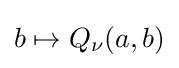
b\mapsto Q_{\nu }(a,b)